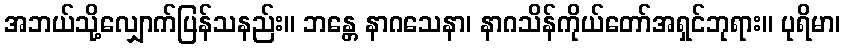
အဘယ်သို့လျှောက်ပြန်သနည်း။ ဘန္တေ နာဂသေနာ၊ နာဂသိန်ကိုယ်တော်အရှင်ဘုရား။ ပုရိမာ၊